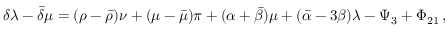
\delta \lambda - { \bar { \delta } } \mu = ( \rho - { \bar { \rho } } ) \nu + ( \mu - { \bar { \mu } } ) \pi + ( \alpha + { \bar { \beta } } ) \mu + ( { \bar { \alpha } } - 3 \beta ) \lambda - \Psi _ { 3 } + \Phi _ { 2 1 } \, ,